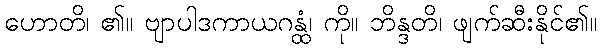
ဟောတိ၊ ၏။ ဗျာပါဒကာယဂန္ထံ၊ ကို။ ဘိန္ဒတိ၊ ဖျက်ဆီးနိုင်၏။